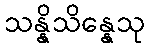
သန္နိသိန္နေသု